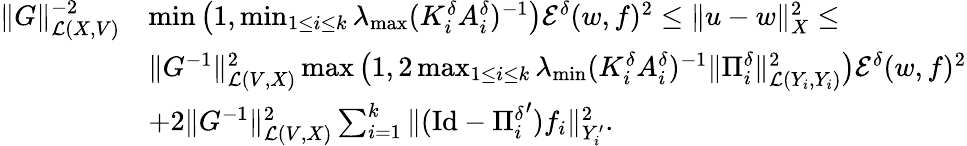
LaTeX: \begin{array}{rl}{\| G\| _{\mathcal L(X,V)}^{-2}}&{\operatorname*{min}\big(1,\operatorname*{min}_{1\leq i\leq k}\lambda_{\operatorname*{max}}(K_{i}^{\delta}A_{i}^{\delta})^{-1}\big)\mathcal E^{\delta}(w,f)^{2}\leq\| u-w\| _{X}^{2}\leq}\\ &{\| G^{-1}\| _{\mathcal L(V,X)}^{2}\operatorname*{max}\big(1,2\operatorname*{max}_{1\leq i\leq k}\lambda_{\operatorname*{min}}(K_{i}^{\delta}A_{i}^{\delta})^{-1}\| \Pi_{i}^{\delta}\| _{\mathcal L(Y_{i},Y_{i})}^{2}\big)\mathcal E^{\delta}(w,f)^{2}}\\ &{+2\| G^{-1}\| _{\mathcal L(V,X)}^{2}\sum_{i=1}^{k}\| (\mathrm{Id}-{\Pi_{i}^{\delta}}^{\prime})f_{i}\| _{Y_{i}^{\prime}}^{2}.}\end{array}